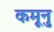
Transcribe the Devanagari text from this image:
कमूनु